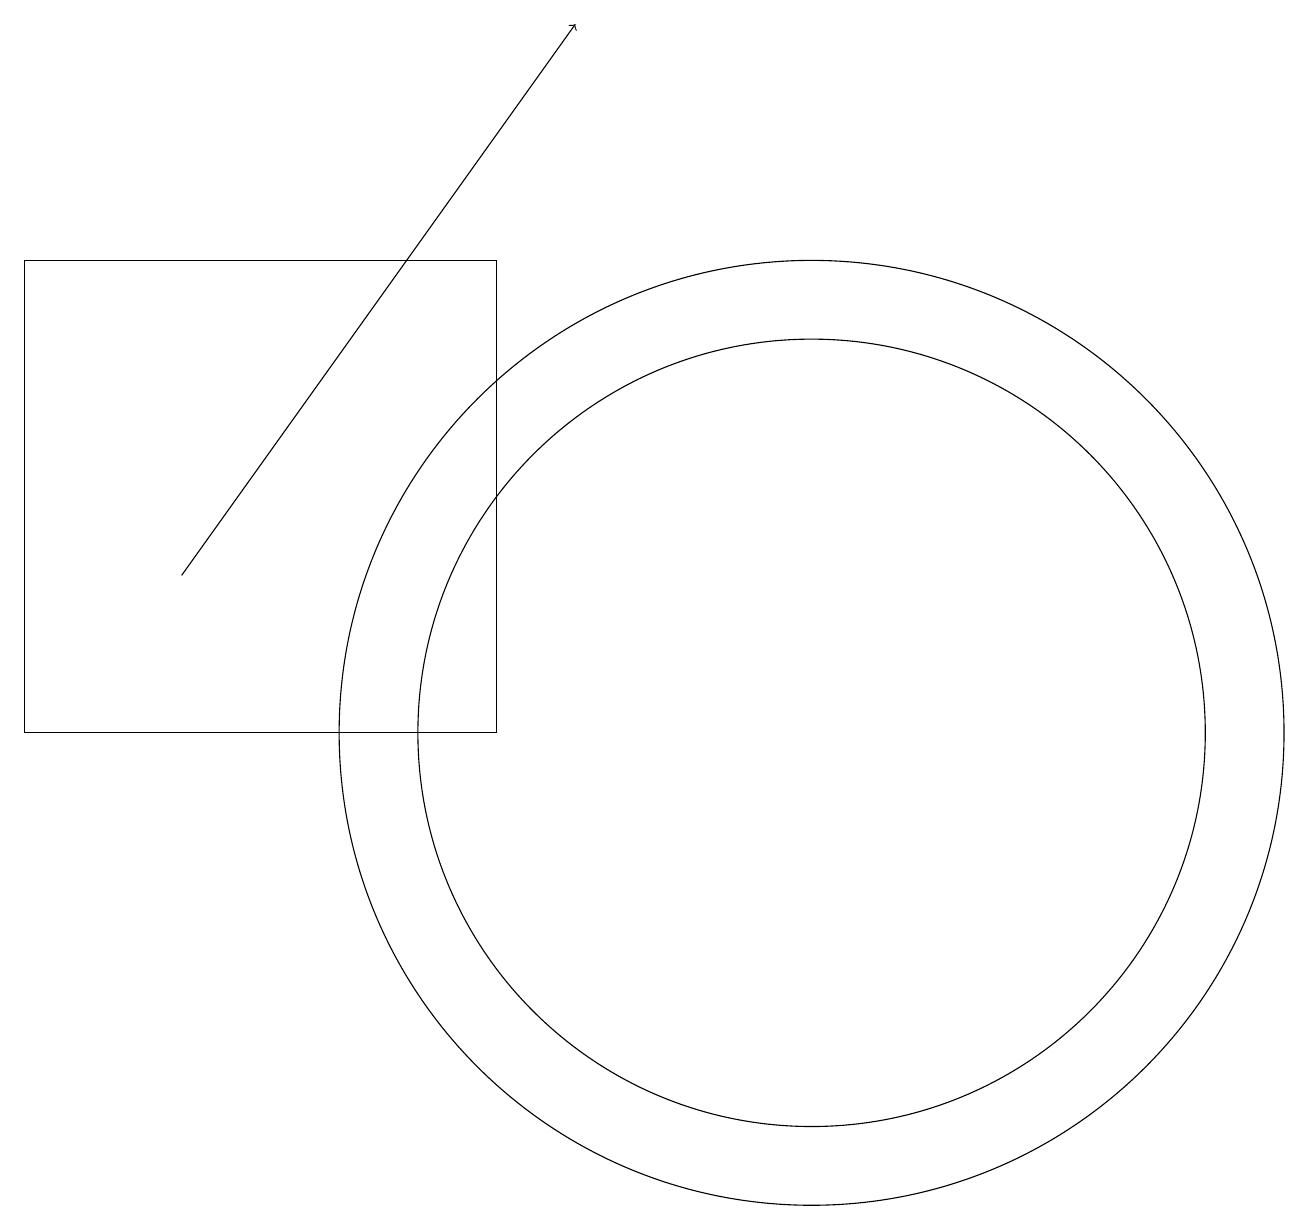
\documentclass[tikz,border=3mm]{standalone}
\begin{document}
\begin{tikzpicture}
\draw (0,10) rectangle (6,16);
\draw (10,10) circle (5);
\draw[->] (2,12) -- (7,19);
\draw (10,10) circle (6);
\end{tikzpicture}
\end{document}